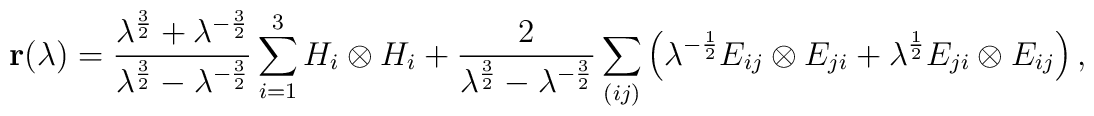
{\bf r}(\lambda)=\frac{\lambda^{\frac{3}{2}}+\lambda^{-\frac{3}{2}}}{\lambda^{\frac{3}{2}}-\lambda^{-\frac{3}{2}}}\sum_{i=1}^{3}H_i\otimes H_i+\frac{2}{\lambda^{\frac{3}{2}}-\lambda^{-\frac{3}{2}}}\sum_{(ij)}\left(\lambda^{-\frac{1}{2}}E_{ij}\otimes {E}_{ji}+\lambda^{\frac{1}{2}}E_{ji}\otimes {E}_{ij}\right),